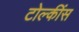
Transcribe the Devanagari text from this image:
टोल्कींस